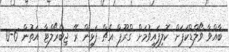
ބާއްވާ ވޯލްޑްކަޕަށް ކޮލިފައިވުމަށް ގްރޫޕް އެޗް ފަޅިން ރޭ ޖިބްރޯލްޓާ އަތުން 6-0